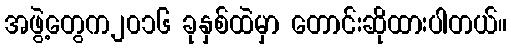
အဖွဲ့တွေက၂၀၁၆ ခုနှစ်ထဲမှာ တောင်းဆိုထားပါတယ်။